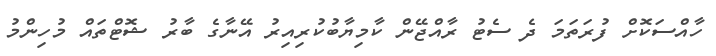
ހާއްސަކޮށް ފުރަތަމަ ދެ ސެޓު ރާއްޖޭން ކާމިޔާބުކުރިއިރު އޭނާގެ ބާރު ޝޮޓްތައް މުހިންމު